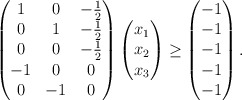
\begin{align*} \begin{pmatrix} 1 & 0 & -\frac{1}{2} \\ 0 & 1 & -\frac{1}{2} \\ 0 & 0 & -\frac{1}{2} \\ -1 & 0 & 0 \\ 0 & -1 & 0 \end{pmatrix} \begin{pmatrix} x_1 \\ x_2 \\ x_3 \end{pmatrix} \geq \begin{pmatrix} -1 \\ -1 \\ -1 \\ -1 \\ -1 \end{pmatrix}.\end{align*}